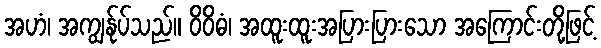
အဟံ၊ အကျွန်ုပ်သည်။ ဝိဝိဓံ၊ အထူးထူးအပြားပြားသော အကြောင်းတို့ဖြင့်